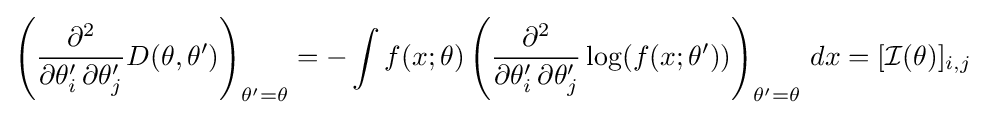
\left({\frac {\partial ^{2}}{\partial \theta '_{i}\,\partial \theta '_{j}}}D(\theta ,\theta ')\right)_{\theta '=\theta }=-\int f(x;\theta )\left({\frac {\partial ^{2}}{\partial \theta '_{i}\,\partial \theta '_{j}}}\log(f(x;\theta '))\right)_{\theta '=\theta }\,dx=[{\mathcal {I}}(\theta )]_{i,j}